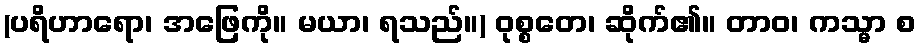
(ပရိဟာရော၊ အဖြေကို။ မယာ၊ ရသည်။) ဝုစ္စတေ၊ ဆိုက်၏။ တာဝ၊ ကသ္မာ စ